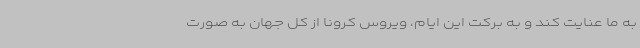
به ما عنایت کند و به برکت این ایام، ویروس کرونا از کل جهان به صورت